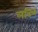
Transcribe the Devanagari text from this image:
लवित्र